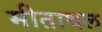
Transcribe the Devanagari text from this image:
मीताथल